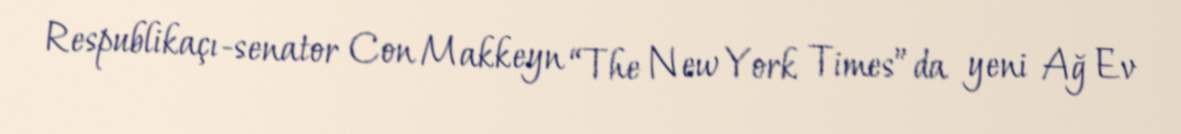
Respublikaçı-senator Con Makkeyn “The New York Times”da yeni Ağ Ev